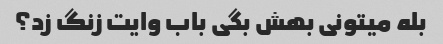
بله میتونی بهش بگی باب وایت زنگ زد؟